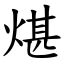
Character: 煁